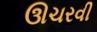
ઊચરવી